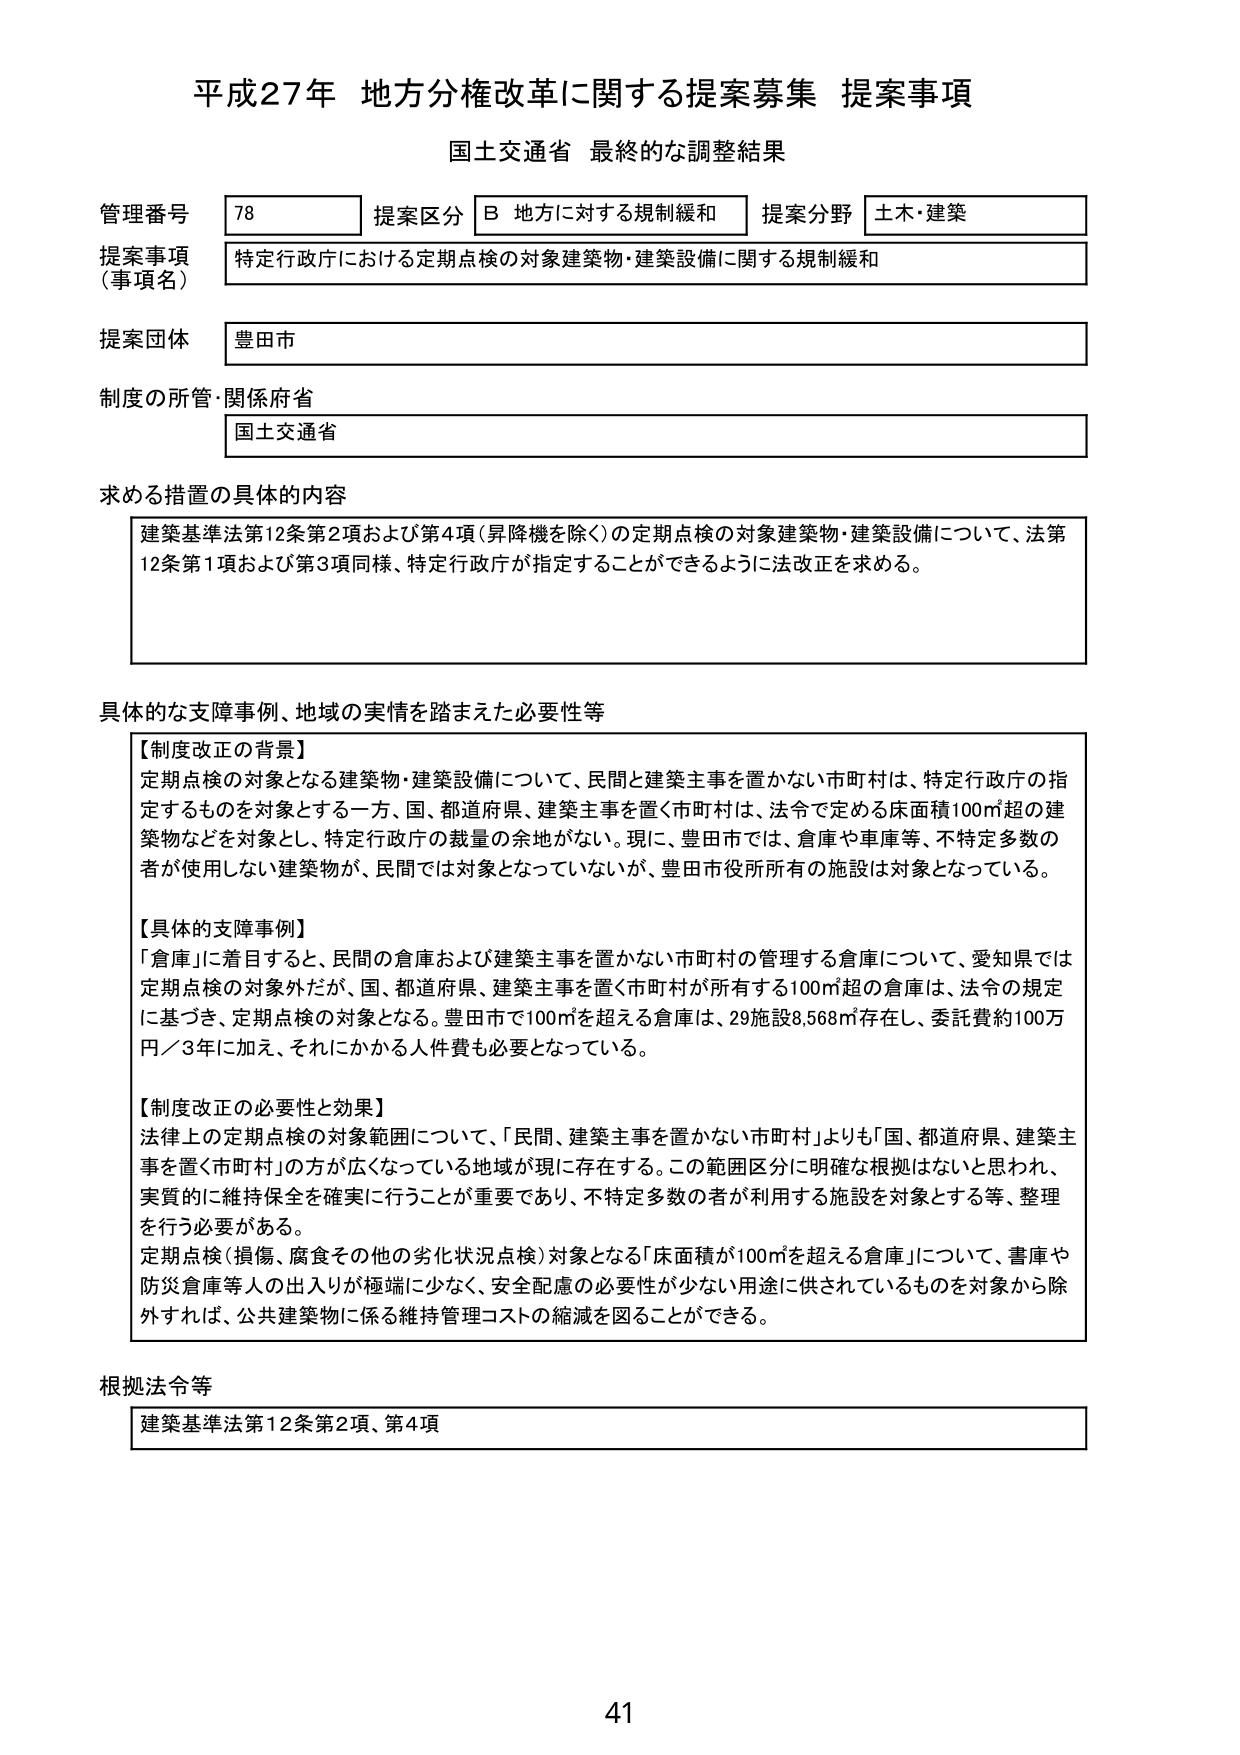
平成27年 地方分権改革に関する提案募集 提案事項
国土交通省 最終的な調整結果

管理番号 78 提案区分 B 地方に対する規制緩和 提案分野 土木・建築
提案事項（事項名） 特定行政庁における定期点検の対象建築物・建築設備に関する規制緩和
提案団体 豊田市
制度の所管・関係府省 国土交通省

求める措置の具体的内容
建築基準法第12条第2項および第4項（昇降機を除く）の定期点検の対象建築物・建築設備について、法第12条第1項および第3項同様、特定行政庁が指定することができるように法改正を求める。

具体的な支障事例、地域の実情を踏まえた必要性等
【制度改正の背景】
定期点検の対象となる建築物・建築設備について、民間と建築主事を置かない市町村は、特定行政庁の指定するものを対象とする一方、国、都道府県、建築主事を置く市町村は、法令で定める床面積100㎡超の建築物などを対象とし、特定行政庁の裁量の余地がない。現に、豊田市では、倉庫や車庫等、不特定多数の者が使用しない建築物が、民間では対象となっていないが、豊田市役所所有の施設は対象となっている。

【具体的支障事例】
「倉庫」に着目すると、民間の倉庫および建築主事を置かない市町村の管理する倉庫について、愛知県では定期点検の対象外だが、国、都道府県、建築主事を置く市町村が所有する100㎡超の倉庫は、法令の規定に基づき、定期点検の対象となる。豊田市で100㎡を超える倉庫は、29施設8,568㎡存在し、委託費約100万円／3年に加え、それにかかる人件費も必要となっている。

【制度改正の必要性と効果】
法律上の定期点検の対象範囲について、「民間、建築主事を置かない市町村」よりも「国、都道府県、建築主事を置く市町村」の方が広くなっている地域が現に存在する。この範囲区分に明確な根拠はないと思われ、実質的に維持保全を確実に行うことが重要であり、不特定多数の者が利用する施設を対象とする等、整理を行う必要がある。
定期点検（損傷、腐食その他の劣化状況点検）対象となる「床面積が100㎡を超える倉庫」について、書庫や防災倉庫等人の出入りが極端に少なく、安全配慮の必要性が少ない用途に供されているものを対象から除外すれば、公共建築物に係る維持管理コストの縮減を図ることができる。

根拠法令等
建築基準法第12条第2項、第4項

41